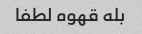
بله قهوه لطفا